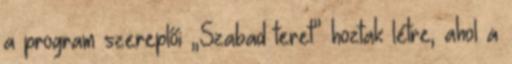
a program szereplői „Szabad teret” hoztak létre, ahol a